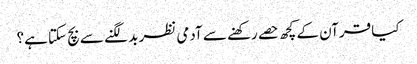
کیا قرآن کے کچھ حصے رکھنے سے آدمی نظر بد لگنے سے بچ سکتا ہے؟